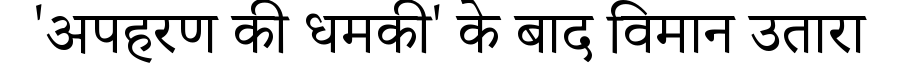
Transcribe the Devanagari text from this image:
'अपहरण की धमकी' के बाद विमान उतारा